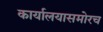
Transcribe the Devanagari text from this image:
कार्यालयासमोरच